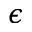
\epsilon